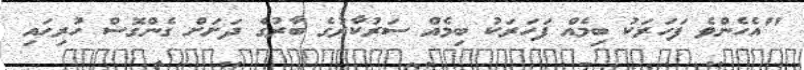
"އެހެންވެ ފަހަރަކު ބިމެއް ފަހަރަކު ބިމެއް ސަރުކާރުގެ ބާރުގެ ދަށަށް ގެންގޮސް ހުރިހައި